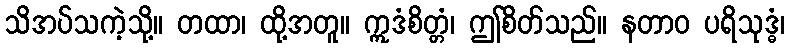
သိအပ်သကဲ့သို့။ တထာ၊ ထို့အတူ။ ဣဒံစိတ္တံ၊ ဤစိတ်သည်။ နတာဝ ပရိသုဒ္ဓံ၊